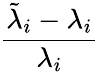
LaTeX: \frac{\tilde{\lambda}_{i}-\lambda_{i}}{\lambda_{i}}